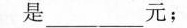
是___元；